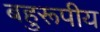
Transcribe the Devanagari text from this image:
बहुरूपीय